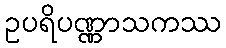
ဥပရိပဏ္ဏာသကဿ